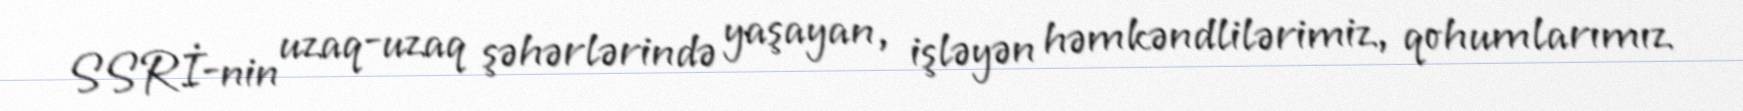
SSRİ-nin uzaq-uzaq şəhərlərində yaşayan, işləyən həmkəndlilərimiz, qohumlarımız